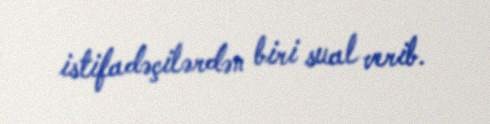
istifadəçilərdən biri sual verib.